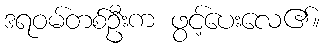
ဒရဝမ်တစ်ဦးက ဖွင့်ပေးလေ၏။